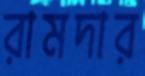
রামদার